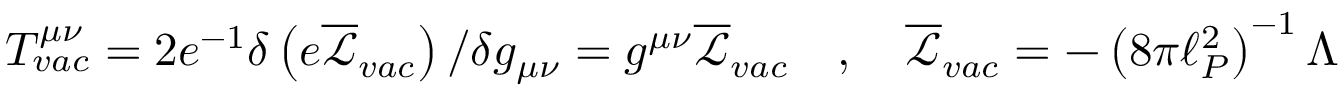
\begin{array} { r } { T _ { v a c } ^ { \mu \nu } = 2 e ^ { - 1 } \delta \left( e \overline { { \mathcal { L } } } _ { v a c } \right) / \delta g _ { \mu \nu } = g ^ { \mu \nu } \overline { { \mathcal { L } } } _ { v a c } \quad , \quad \overline { { \mathcal { L } } } _ { v a c } = - \left( 8 \pi \ell _ { P } ^ { 2 } \right) ^ { - 1 } \Lambda } \end{array}